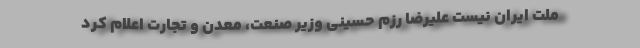
ملت ایران نیست علیرضا رزم حسینی وزیر صنعت، معدن و تجارت اعلام کرد